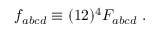
f _ { a b c d } \equiv ( 1 2 ) ^ { 4 } F _ { a b c d } \; .